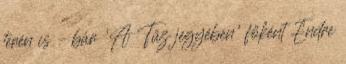
terén is – bár ’A Tűz jegyében’ főként Endre